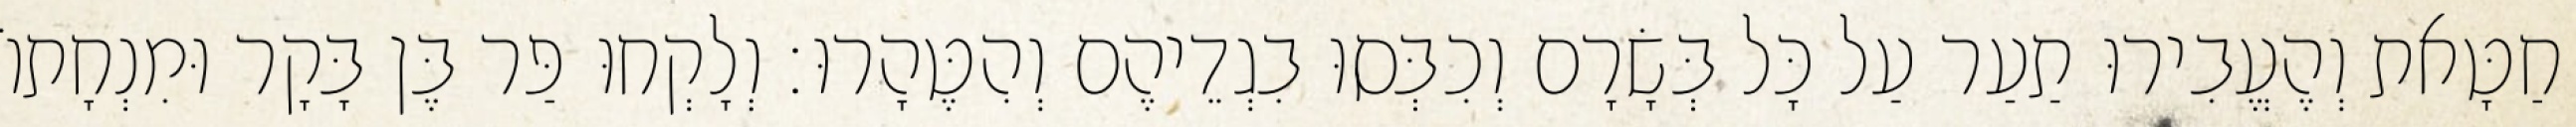
חַטָּאת וְהֶעֱבִירוּ תַעַר עַל כָּל בְּשָׂרָם וְכִבְּסוּ בִגְדֵיהֶם וְהִטֶּהָרוּ׃ וְלָקְחוּ פַּר בֶּן בָּקָר וּמִנְחָתוֹ